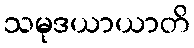
သမုဒယာယာတိ